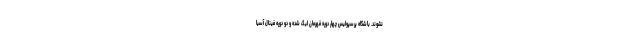
نشوند. باشگاه پرسپولیس چهار دوره قهرمان لیگ شده و دو دوره فینال آسیا